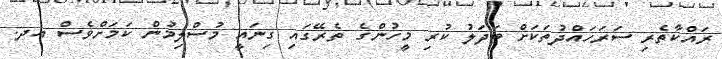
ރައްކާތެރި ސަރަހައްދުތަކަށް ބަދަލު ކުރި މީހުންގެ ތެރޭގައި ގިނައީ މުސްލިމުން ކަމަށްވެސް އދ.